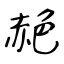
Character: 赩